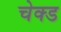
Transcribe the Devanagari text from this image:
चेक्ड